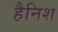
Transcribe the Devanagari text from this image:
हैनिश